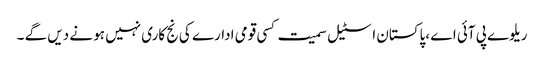
ریلوے پی آئی اے ،پاکستان اسٹیل سمیت کسی قومی ادارے کی نج کاری نہیں ہو نے دیں گے ۔